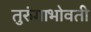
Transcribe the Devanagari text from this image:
तुरुंगाभोवती